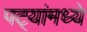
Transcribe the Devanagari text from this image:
पट्यांमध्ये